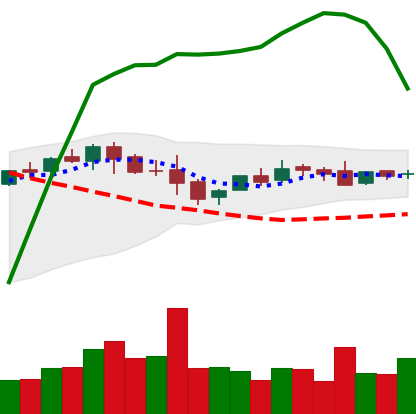
Ticker: LTC-USD
Chart end date: 2015-10-28
Forward return: 34.318%
Label: up_7plus